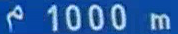
1000m